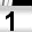
Digit: 1